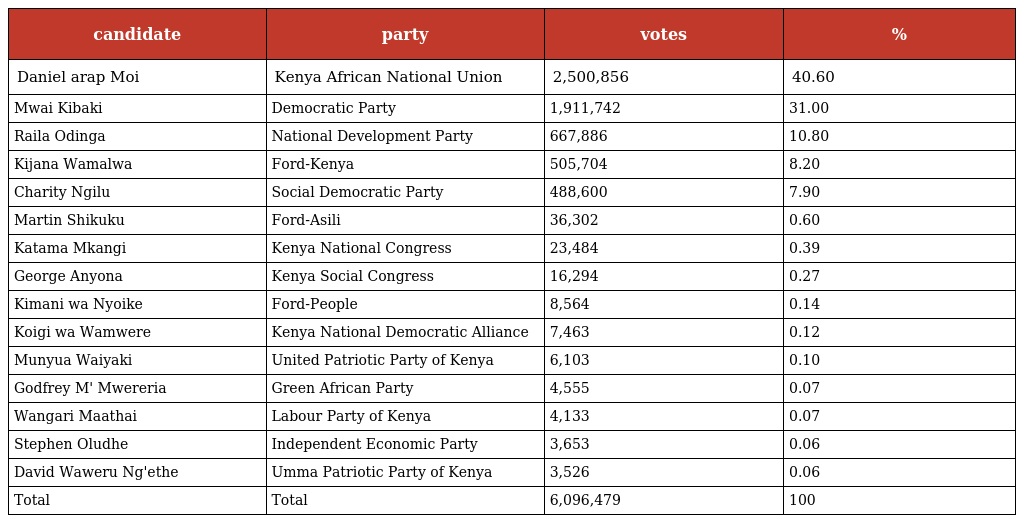
| candidate | party | votes | % |
 | --- | --- | --- | --- |
 | Daniel arap Moi | Kenya African National Union | 2,500,856 | 40.60 |
 | Mwai Kibaki | Democratic Party | 1,911,742 | 31.00 |
 | Raila Odinga | National Development Party | 667,886 | 10.80 |
 | Kijana Wamalwa | Ford-Kenya | 505,704 | 8.20 |
 | Charity Ngilu | Social Democratic Party | 488,600 | 7.90 |
 | Martin Shikuku | Ford-Asili | 36,302 | 0.60 |
 | Katama Mkangi | Kenya National Congress | 23,484 | 0.39 |
 | George Anyona | Kenya Social Congress | 16,294 | 0.27 |
 | Kimani wa Nyoike | Ford-People | 8,564 | 0.14 |
 | Koigi wa Wamwere | Kenya National Democratic Alliance | 7,463 | 0.12 |
 | Munyua Waiyaki | United Patriotic Party of Kenya | 6,103 | 0.10 |
 | Godfrey M' Mwereria | Green African Party | 4,555 | 0.07 |
 | Wangari Maathai | Labour Party of Kenya | 4,133 | 0.07 |
 | Stephen Oludhe | Independent Economic Party | 3,653 | 0.06 |
 | David Waweru Ng'ethe | Umma Patriotic Party of Kenya | 3,526 | 0.06 |
 | Total | Total | 6,096,479 | 100 |